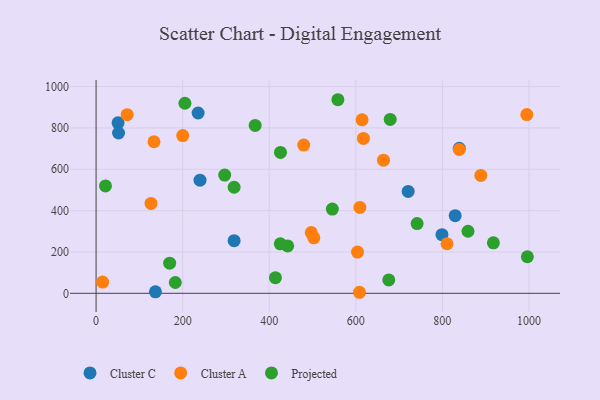
{"axis": {"x": "Price", "y": "Sales"}, "legend": ["Cluster A", "Cluster C", "Projected"], "data": [{"x": "721.0", "y": 492.8, "type": "Cluster C"}, {"x": "839.1", "y": 701.5, "type": "Cluster C"}, {"x": "51.9", "y": 775.6, "type": "Cluster C"}, {"x": "799.1", "y": 283.8, "type": "Cluster C"}, {"x": "829.6", "y": 375.8, "type": "Cluster C"}, {"x": "137.1", "y": 7.4, "type": "Cluster C"}, {"x": "50.8", "y": 824.9, "type": "Cluster C"}, {"x": "235.7", "y": 872.4, "type": "Cluster C"}, {"x": "240.1", "y": 547.4, "type": "Cluster C"}, {"x": "318.9", "y": 254.7, "type": "Cluster C"}, {"x": "608.5", "y": 5.0, "type": "Cluster A"}, {"x": "888.8", "y": 570.5, "type": "Cluster A"}, {"x": "497.2", "y": 293.6, "type": "Cluster A"}, {"x": "664.0", "y": 644.2, "type": "Cluster A"}, {"x": "604.0", "y": 199.4, "type": "Cluster A"}, {"x": "479.7", "y": 717.1, "type": "Cluster A"}, {"x": "503.1", "y": 268.3, "type": "Cluster A"}, {"x": "133.8", "y": 733.2, "type": "Cluster A"}, {"x": "839.0", "y": 695.8, "type": "Cluster A"}, {"x": "200.1", "y": 763.3, "type": "Cluster A"}, {"x": "15.1", "y": 54.2, "type": "Cluster A"}, {"x": "810.8", "y": 239.7, "type": "Cluster A"}, {"x": "617.6", "y": 749.4, "type": "Cluster A"}, {"x": "126.9", "y": 434.9, "type": "Cluster A"}, {"x": "71.8", "y": 864.2, "type": "Cluster A"}, {"x": "614.5", "y": 839.1, "type": "Cluster A"}, {"x": "609.5", "y": 415.7, "type": "Cluster A"}, {"x": "995.1", "y": 864.5, "type": "Cluster A"}, {"x": "318.9", "y": 513.2, "type": "Projected"}, {"x": "996.4", "y": 176.8, "type": "Projected"}, {"x": "367.5", "y": 812.2, "type": "Projected"}, {"x": "183.0", "y": 52.4, "type": "Projected"}, {"x": "426.0", "y": 681.5, "type": "Projected"}, {"x": "558.6", "y": 936.5, "type": "Projected"}, {"x": "21.7", "y": 519.3, "type": "Projected"}, {"x": "414.3", "y": 75.6, "type": "Projected"}, {"x": "859.2", "y": 300.1, "type": "Projected"}, {"x": "297.1", "y": 571.8, "type": "Projected"}, {"x": "425.6", "y": 239.5, "type": "Projected"}, {"x": "170.0", "y": 145.8, "type": "Projected"}, {"x": "679.5", "y": 841.1, "type": "Projected"}, {"x": "545.8", "y": 407.3, "type": "Projected"}, {"x": "741.6", "y": 337.5, "type": "Projected"}, {"x": "205.2", "y": 919.5, "type": "Projected"}, {"x": "442.6", "y": 229.4, "type": "Projected"}, {"x": "917.9", "y": 244.1, "type": "Projected"}, {"x": "676.2", "y": 64.8, "type": "Projected"}]}